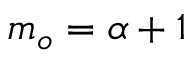
m _ { o } = \alpha + 1